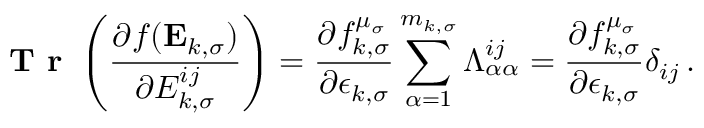
\textbf { T r } \left( \frac { \partial f ( \mathbf { E } _ { k , \sigma } ) } { \partial { E } _ { k , \sigma } ^ { i j } } \right) = \frac { \partial f _ { k , \sigma } ^ { \mu _ { \sigma } } } { \partial \epsilon _ { k , \sigma } } \sum _ { \alpha = 1 } ^ { m _ { k , \sigma } } \Lambda _ { \alpha \alpha } ^ { i j } = \frac { \partial f _ { k , \sigma } ^ { \mu _ { \sigma } } } { \partial \epsilon _ { k , \sigma } } \delta _ { i j } \, .